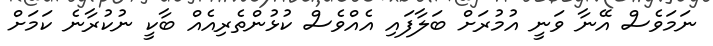
ނަމަވެސް އޭނާ ވަނީ އުމުރަށް ބަލާފައި އެއްވެސް ކުޅުންތެރިއެއް ބާކީ ނުކުރާނެ ކަމަށް